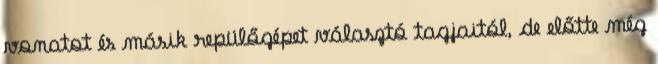
vonatot és másik repülőgépet választó tagjaitól, de előtte még